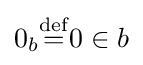
0_{b}{\stackrel {\mathrm {def} }{=}}0\in b